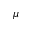
\mu